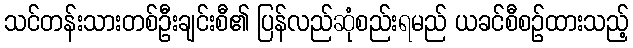
သင်တန်းသားတစ်ဦးချင်းစီ၏ ပြန်လည်ဆုံစည်းရမည် ယခင်စီစဉ်ထားသည့်